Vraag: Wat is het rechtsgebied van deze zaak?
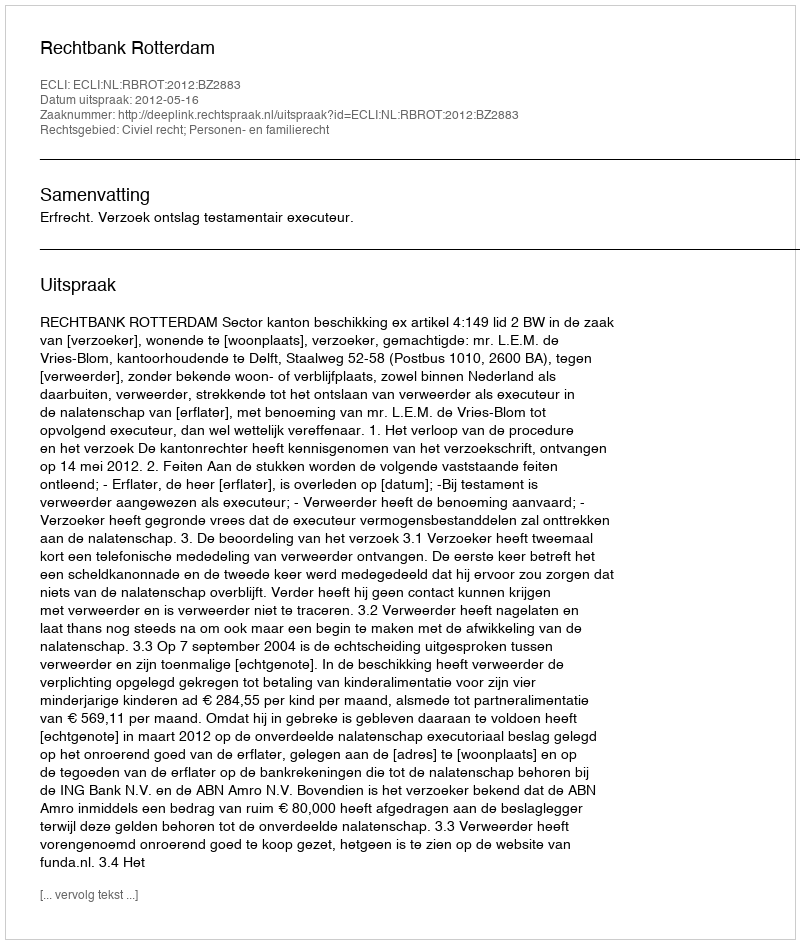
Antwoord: Civiel recht; Personen- en familierecht